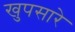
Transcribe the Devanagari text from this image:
खुपसारे